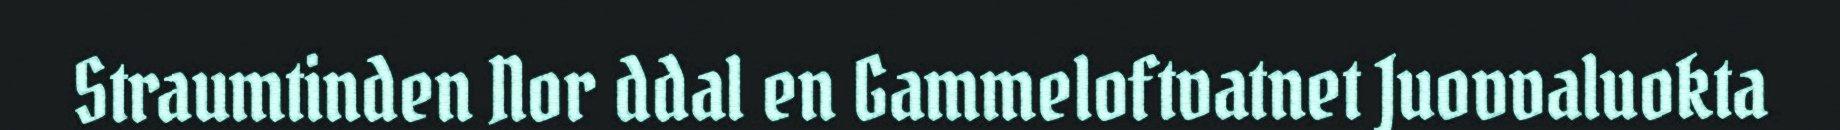
Straumtinden Nor ddal en Gammeloftvatnet Juovvaluokta